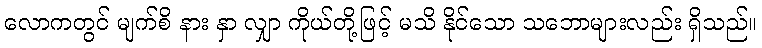
လောကတွင် မျက်စိ နား နှာ လျှာ ကိုယ်တို့ဖြင့် မသိ နိုင်သော သဘောများလည်း ရှိသည်။